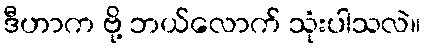
ဒီဟာက ဗို့ ဘယ်လောက် သုံးပါသလဲ။